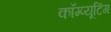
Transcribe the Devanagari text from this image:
कॉम्प्यूटिंग